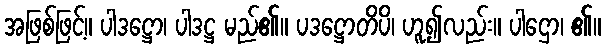
အဖြစ်ဖြင့်။ ပါဒဋ္ဌော၊ ပါဒဋ္ဌ မည်၏။ ပဒဋ္ဌောတိပိ၊ ဟူ၍လည်း။ ပါဌော၊ ၏။